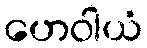
ဟေဝါယံ